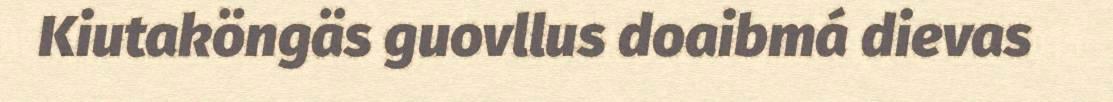
Kiutaköngäs guovllus doaibmá dievas